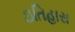
ઇતિહાસ